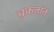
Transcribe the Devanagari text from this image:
चुकतात